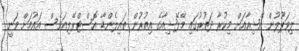
ލިވަޕޫލުން އޭޝިއާއަށް މިކުރާ ދަތުރުގައި މޭލޭޝިއާގެ އިތުރުން ތައިލެންޑާ އޮސްޓްރޭލިއަވެސް އައުމަށް ވަނީ